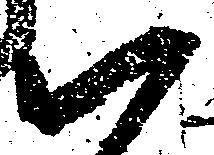
い